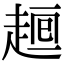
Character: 𧼉